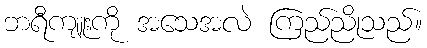
ဘရီကျူးကို အသေအလဲ ကြည်ညိုသည်။